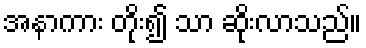
အနာကား တိုး၍ သာ ဆိုးလာသည်။